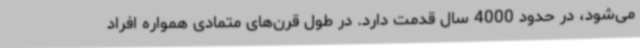
می‌شود، در حدود 4000 سال قدمت دارد. در طول قرن‌های متمادی همواره افراد